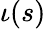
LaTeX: \iota(s)